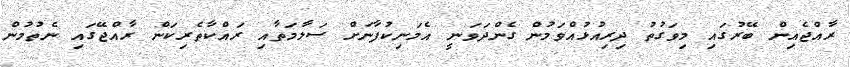
ރާއްޖެއިން ބޭރުގައި މިވަގުތު ދިރިއުޅުއްވަމުން ގެންދަވަނީ އެމަނިކުފާނަށް ސަލާމަތާއި ރައްކާތެރިކަން ރާއްޖޭގައި ނެތުމުން